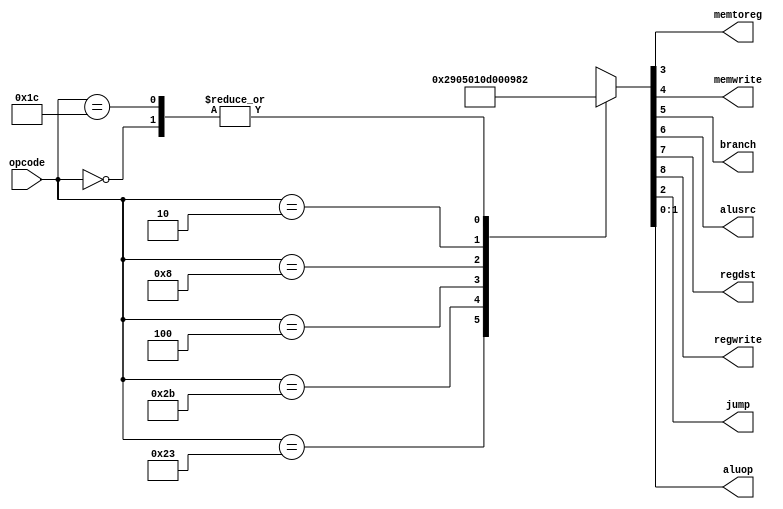
module M_CONTROLLER(input [5:0] opcode,
    output memtoreg,
    output memwrite,
    output branch,
    output alusrc,
    output regdst,
    output regwrite,
    output jump,
    output [1:0] aluop);

    reg[8:0] controls;

    assign {regwrite, regdst, alusrc, branch, memwrite,memtoreg, jump, aluop} = controls;

    always@(opcode)
    case(opcode)
        6'b000000: controls = 9'b110000010; // RTYPE
        6'b100011: controls = 9'b101001000; // LW
        6'b101011: controls = 9'b001010000; // SW
        6'b000100: controls = 9'b000100001; // BEQ
        6'b001000: controls = 9'b101000000; // ADDI
        6'b000010: controls = 9'b000000100; // J
        6'b011100: controls = 9'b110000010; // MUL
        default:   controls = 9'bxxxxxxxxx; // illegal op
    endcase
endmodule